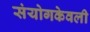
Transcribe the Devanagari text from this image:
संयोगकेवली